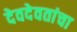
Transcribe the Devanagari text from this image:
देवदेवतांचा